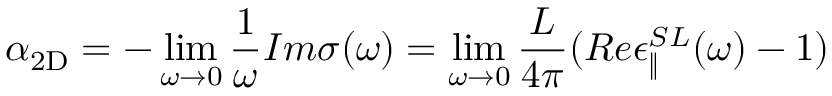
\alpha _ { \mathrm { 2 D } } = - \operatorname* { l i m } _ { \omega \rightarrow 0 } \frac { 1 } { \omega } I m \sigma ( \omega ) = \operatorname* { l i m } _ { \omega \rightarrow 0 } \frac { L } { 4 \pi } ( R e \epsilon _ { \| } ^ { S L } ( \omega ) - 1 )